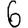
Digit: 6